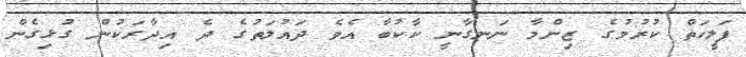
ފަލީހަތް ކުރުމުގެ ޒިންމާ ނަނގާނީ ކާކުބާ އެވެ ދައުލަތުގެ ދެ އިދާރަކުން ގުޅިގެން